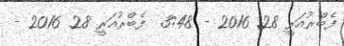
ފެބްރުއަރީ 28